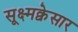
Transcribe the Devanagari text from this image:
सूक्ष्मक्वेसार